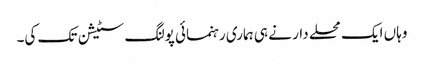
وہاں ایک محلے دار نے ہی ہماری رہنمائی پولنگ سٹیشن تک کی۔